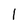
Character: l